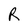
Character: R